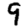
Digit: 9